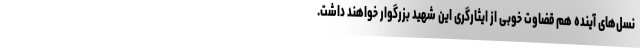
نسل‌های آینده هم قضاوت خوبی از ایثارگری این شهید بزرگوار خواهند داشت.